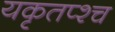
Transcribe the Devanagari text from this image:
यकृतप्श्च